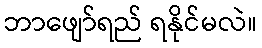
ဘာဖျော်ရည် ရနိုင်မလဲ။